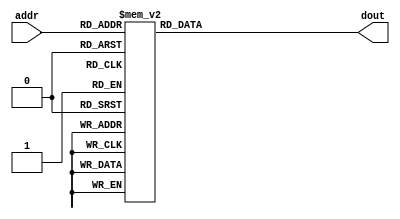
module h_rom_h(addr,dout);
input[4:0] addr;
output reg[15:0] dout;

always @(*)begin
			case(addr)
				5'b00000: dout = 16'b1111111111011111;
				5'b00001: dout = 16'b1111111111001101;
				5'b00010: dout = 16'b1111111110101100;
				5'b00011: dout = 16'b1111111101111010;
				5'b00100: dout = 16'b1111111100110111;
				5'b00101: dout = 16'b1111111011110000;
				5'b00110: dout = 16'b1111111010110101;
				5'b00111: dout = 16'b1111111010100001;
				5'b01000: dout = 16'b1111111011010100;
				5'b01001: dout = 16'b1111111101110111;
				5'b01010: dout = 16'b0000000010111000;
				5'b01011: dout = 16'b0000001011011001;
				5'b01100: dout = 16'b0000011001001101;
				5'b01101: dout = 16'b0000110000101111;
				5'b01110: dout = 16'b0001100010010001;
				5'b01111: dout = 16'b0101000010011001;
				5'b10000: dout = 16'b1010111101100111;
				5'b10001: dout = 16'b1110011101101111;
				5'b10010: dout = 16'b1111001111010001;
				5'b10011: dout = 16'b1111100110110011;
				5'b10100: dout = 16'b1111110100100111;
				5'b10101: dout = 16'b1111111101001000;
				5'b10110: dout = 16'b0000000010001001;
				5'b10111: dout = 16'b0000000100101100;
				5'b11000: dout = 16'b0000000101011111;
				5'b11001: dout = 16'b0000000101001011;
				5'b11010: dout = 16'b0000000100010000;
				5'b11011: dout = 16'b0000000011001001;
				5'b11100: dout = 16'b0000000010000110;
				5'b11101: dout = 16'b0000000001010100;
				5'b11110: dout = 16'b0000000000110011;
				5'b11111: dout = 16'b0000000000100001;
			endcase
end

endmodule